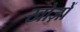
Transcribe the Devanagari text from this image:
खोज़ों